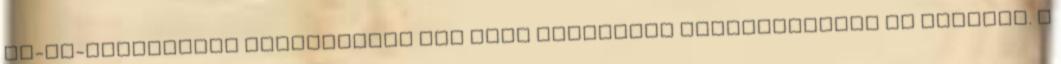
Wi-Fi-hálózathoz csatlakozva tud majd hívásokat kezdeményezni és fogadni. A